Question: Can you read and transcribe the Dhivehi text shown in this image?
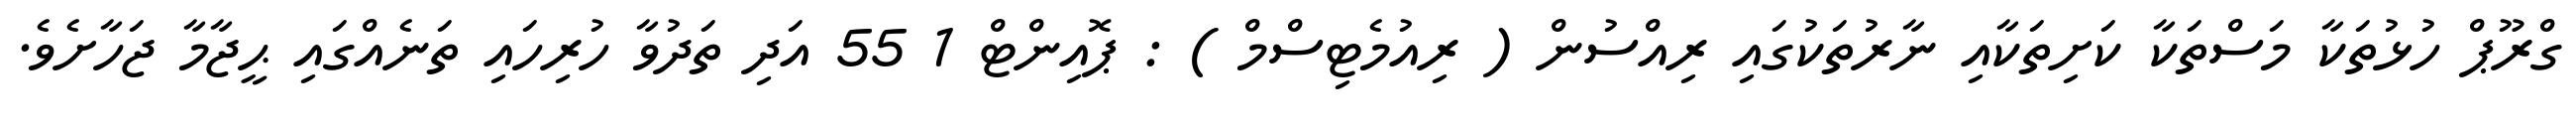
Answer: ގްރޫޕް ހުޅުތަކާ މަސްތަކާ ކަށިތަކާއި ނާރުތަކުގައި ރިއްސުން ( ރިއުމެޓިސްމް ) : ޕޮއިންޓް 1 55 އަދި ތަދުވާ ހުރިހައި ތަނެއްގައި ޙީޖާމާ ޖަހާށެވެ.